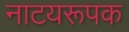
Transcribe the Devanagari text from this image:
नाटयरूपक